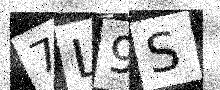
Text: 7L9S